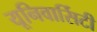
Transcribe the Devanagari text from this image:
यूनिवार्सिटी